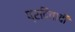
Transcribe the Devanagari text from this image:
प्रदिवादी